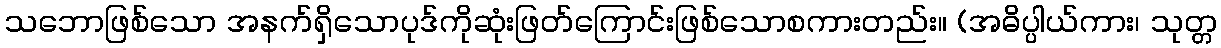
သဘောဖြစ်သော အနက်ရှိသောပုဒ်ကိုဆုံးဖြတ်ကြောင်းဖြစ်သောစကားတည်း။ (အဓိပ္ပါယ်ကား၊ သုတ္တ